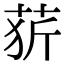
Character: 䓄